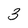
Character: 3